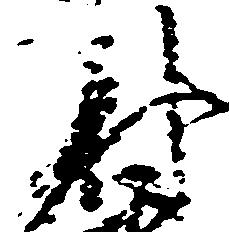
尉